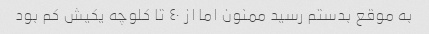
به موقع بدستم رسید ممنون اما از ٤٠ تا کلوچه یکیش کم بود